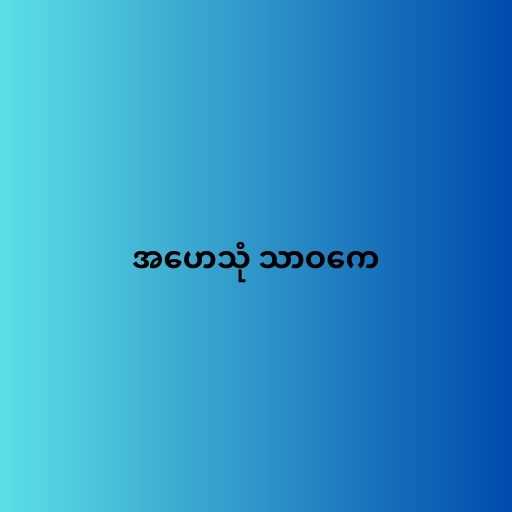
အဟေသုံ သာဝကေ